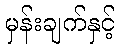
မှန်းချက်နှင့်